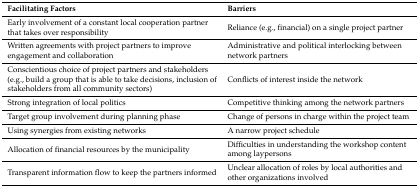
<table><thead><tr><td><b>Facilitating Factors</b></td><td><b>Barriers</b></td></tr></thead><tbody><tr><td>Early involvement of a constant local cooperation partner that takes over responsibility</td><td>Reliance (e.g., financial) on a single project partner</td></tr><tr><td>Written agreements with project partners to improve engagement and collaboration</td><td>Administrative and political interlocking between network partners</td></tr><tr><td>Conscientious choice of project partners and stakeholders (e.g., build a group that is able to take decisions, inclusion of stakeholders from all community sectors)</td><td>Conflicts of interest inside the network</td></tr><tr><td>Strong integration of local politics</td><td>Competitive thinking among the network partners</td></tr><tr><td>Target group involvement during planning phase</td><td>Change of persons in charge within the project team </td></tr><tr><td>Using synergies from existing networks</td><td>A narrow project schedule</td></tr><tr><td>Allocation of financial resources by the municipality</td><td>Difficulties in understanding the workshop content among laypersons</td></tr><tr><td>Transparent information flow to keep the partners informed</td><td>Unclear allocation of roles by local authorities and other organizations involved</td></tr></tbody></table>